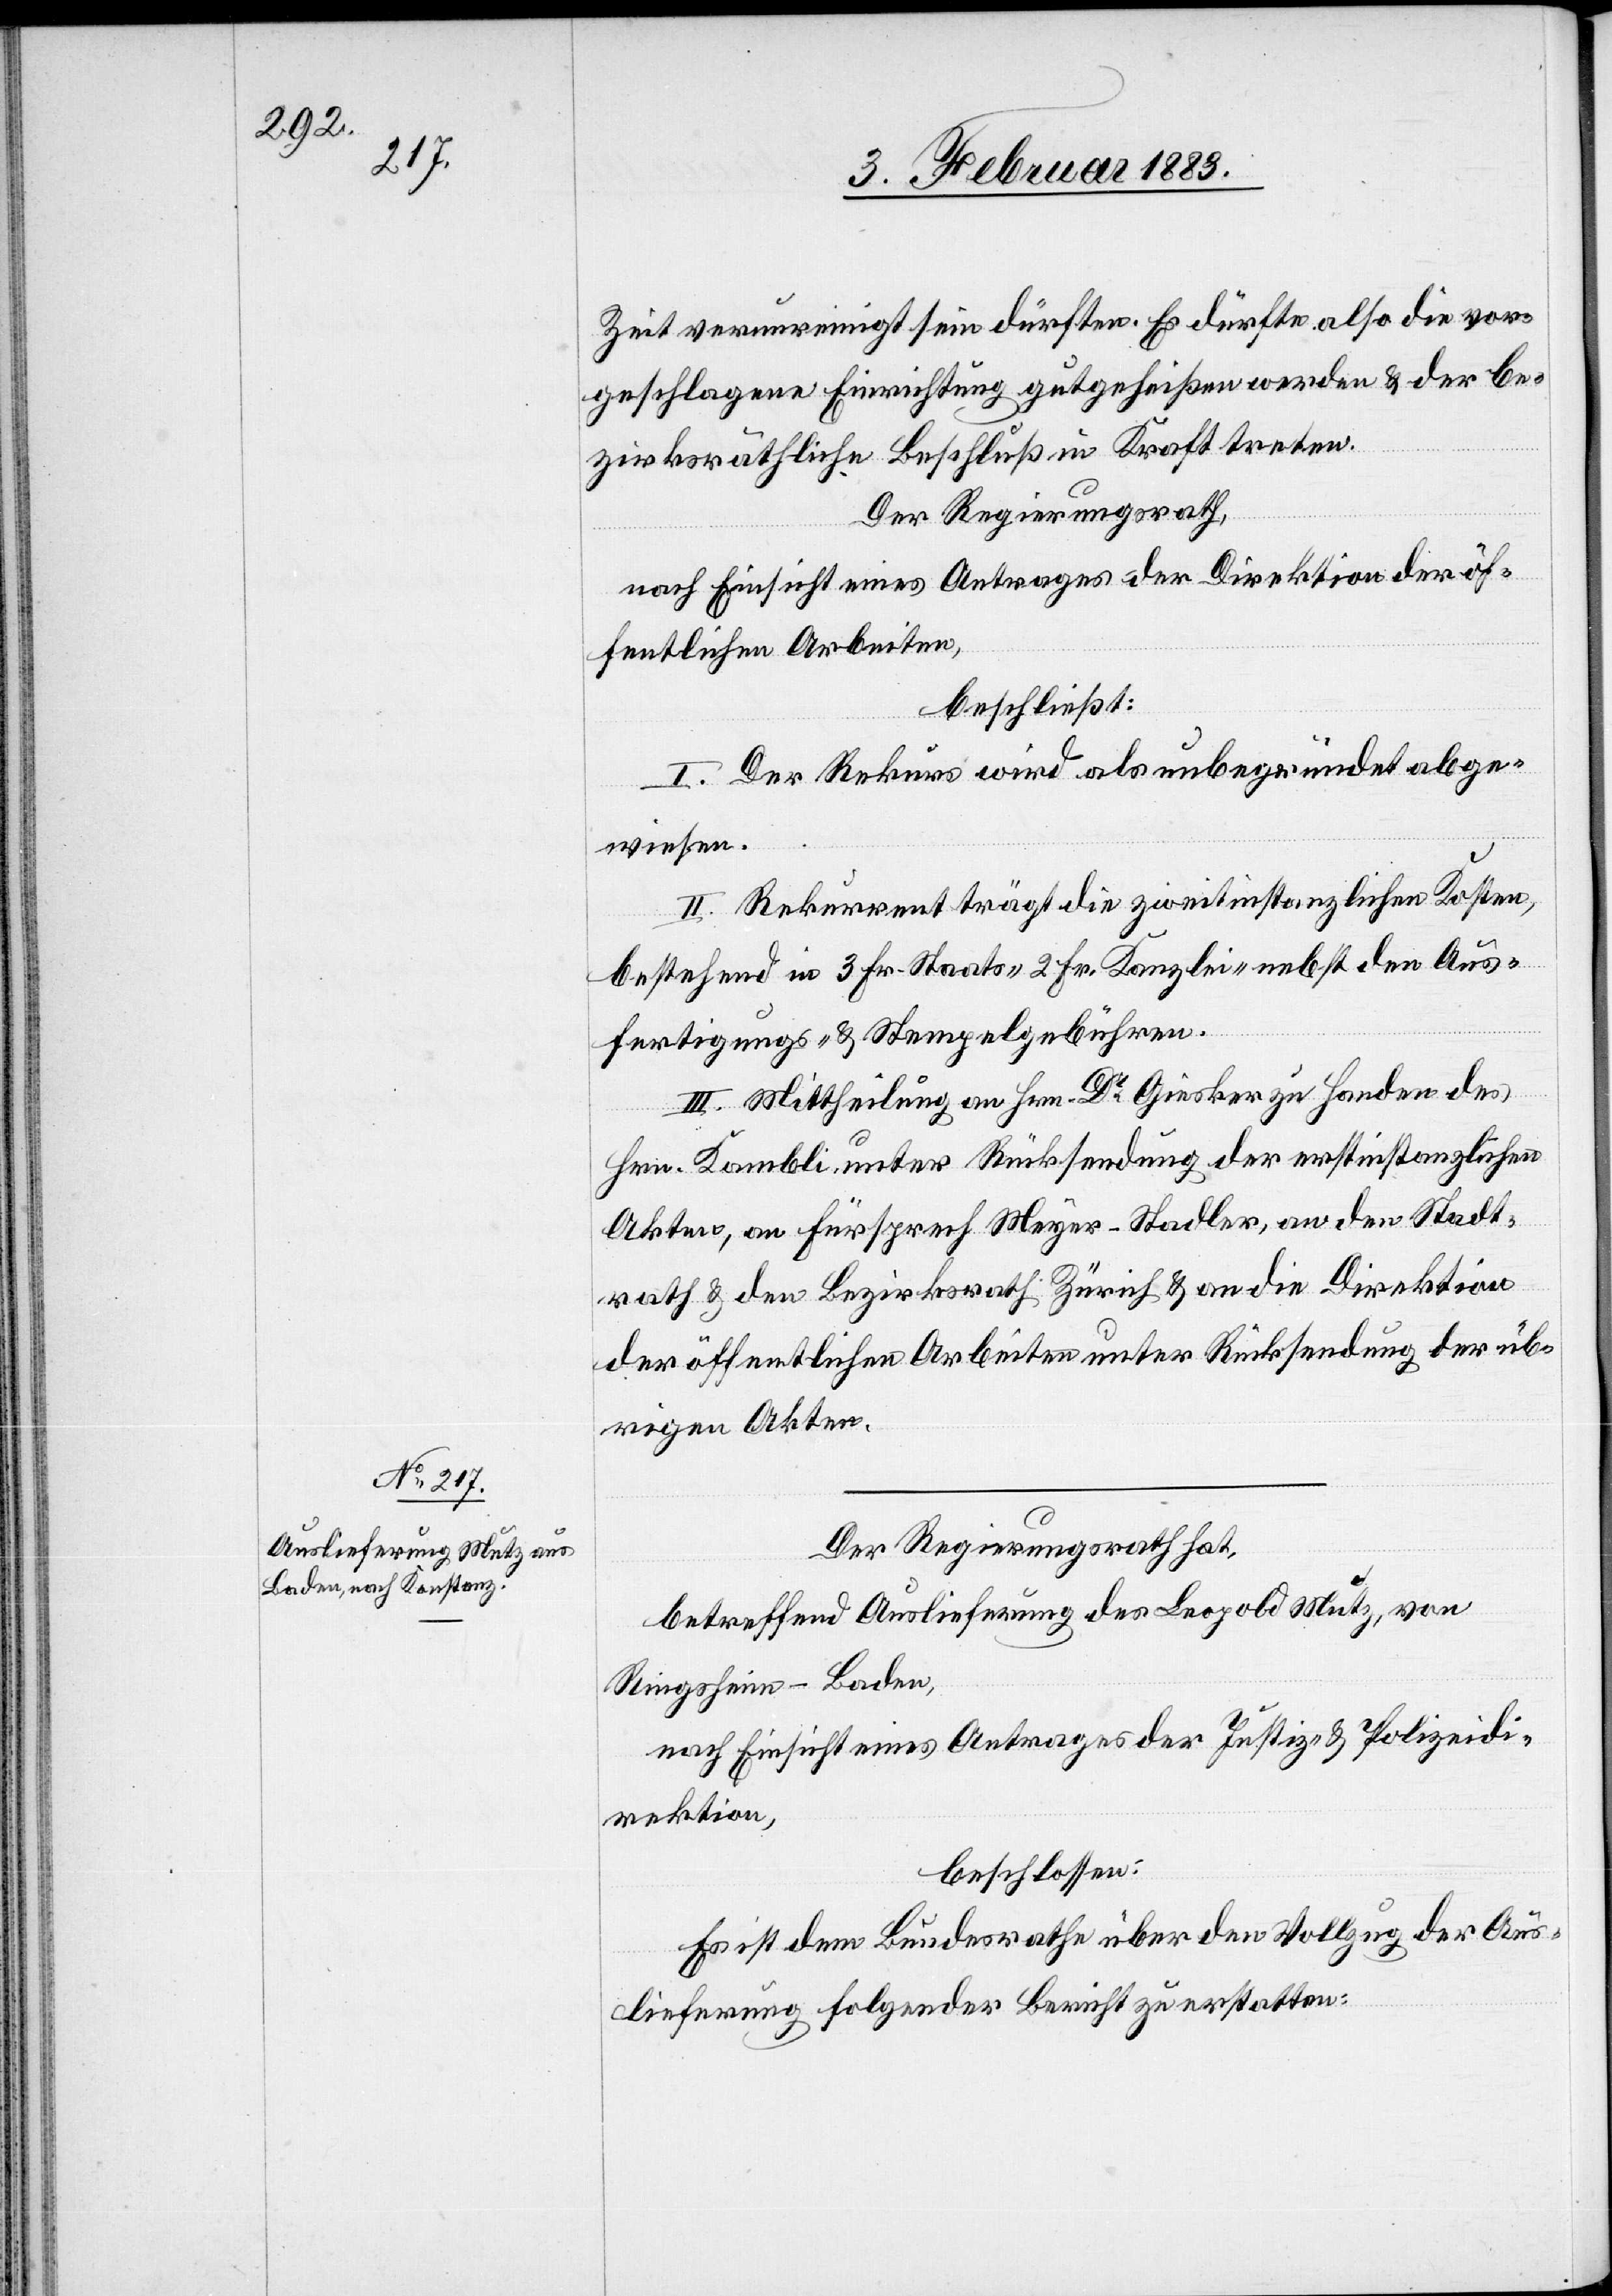
Zeit verunreinigt sein dürften. Es dürfte also die vor¬
geschlagene Einrichtung gutgeheißen werden & der be¬
zirksräthliche Beschluß in Kraft treten.
Der Regierungsrath,
nach Einsicht eines Antrages der Direktion der öf¬
fentlichen Arbeiten,
beschließt:
I. Der Rekurs wird als unbegründet abge¬
wiesen.
II. Rekurrent trägt die zweitinstanzlichen Kosten,
bestehend in 3 Fr. Staats- 2 Fr. Kanzlei- nebst den Aus¬
fertigungs- & Stempelgebühren.
III. Mittheilung an Hrn. Dr Giesker zu Handen des
Hrn. Kambli, unter Rücksendung der erstinstanzlichen
Akten, an Fürsprech Meyer-Stadler, an den Stadt¬
rath & den Bezirksrath Zürich & an die Direktion
der öffentlichen Arbeiten unter Rücksendung der üb¬
rigen Akten.
Der Regierungsrath hat,
betreffend Auslieferung des Leopold Mutz, von
Ringsheim - Baden,
nach Einsicht eines Antrages der Justiz- & Polizeidi¬
rektion,
beschlossen:
Es ist dem Bundesrathe über den Vollzug der Aus¬
lieferung folgender Bericht zu erstatten: